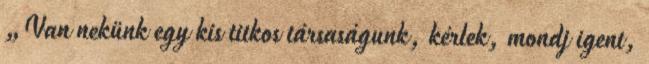
„Van nekünk egy kis titkos társaságunk, kérlek, mondj igent,